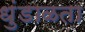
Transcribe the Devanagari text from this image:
धुंडाळता